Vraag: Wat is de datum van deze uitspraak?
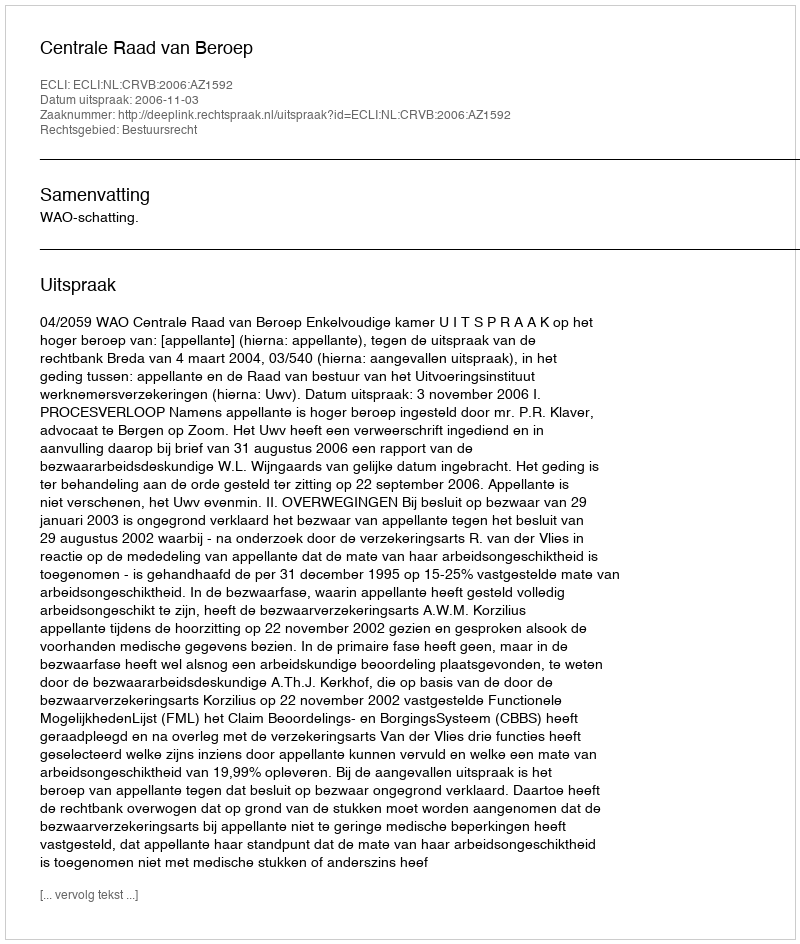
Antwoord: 2006-11-03